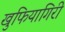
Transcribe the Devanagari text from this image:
खुफियागिरी